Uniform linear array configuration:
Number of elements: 24
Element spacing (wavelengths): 0.25
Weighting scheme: cosine
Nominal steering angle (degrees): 0
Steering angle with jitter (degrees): -1.886
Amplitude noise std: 0.05
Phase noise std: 0.05

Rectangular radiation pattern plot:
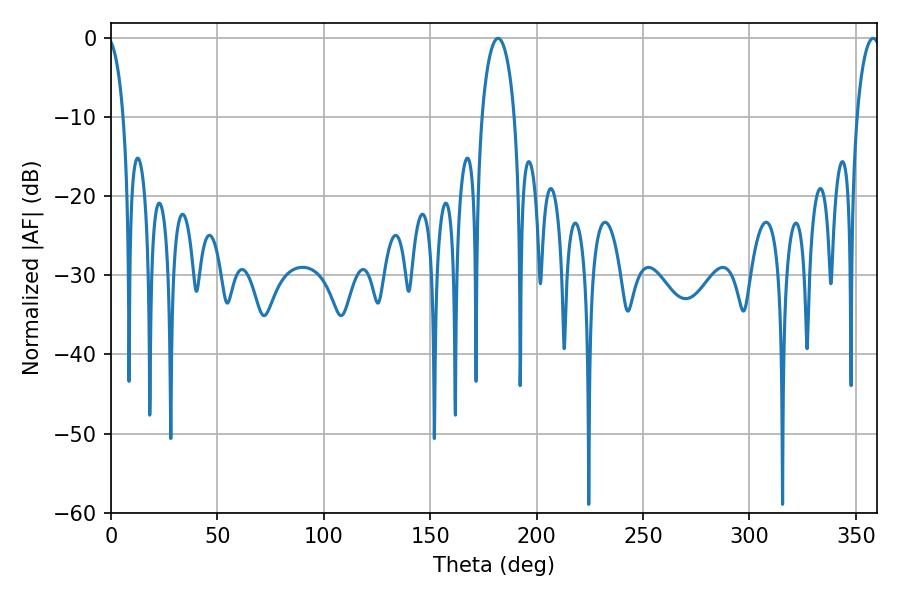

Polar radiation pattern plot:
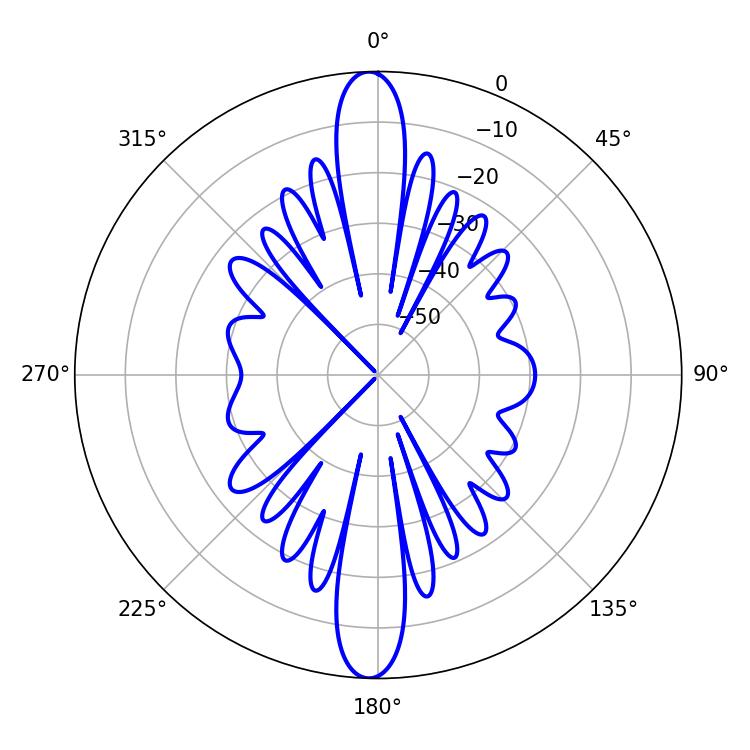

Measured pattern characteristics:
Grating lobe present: FALSE
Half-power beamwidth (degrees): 8.82
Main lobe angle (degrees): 181.8